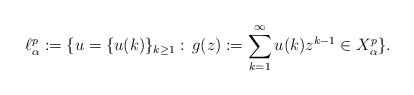
\begin{align*}\ell^p_\alpha :=\{ u=\{u(k)\}_{k\geq1}:\, g(z):=\sum_{k=1}^\infty u(k) z^{k-1} \in X^{p}_\alpha\}.\end{align*}